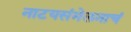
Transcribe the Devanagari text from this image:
नाटयसंमेलनाचं